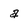
Character: a